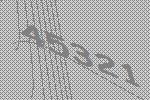
45321